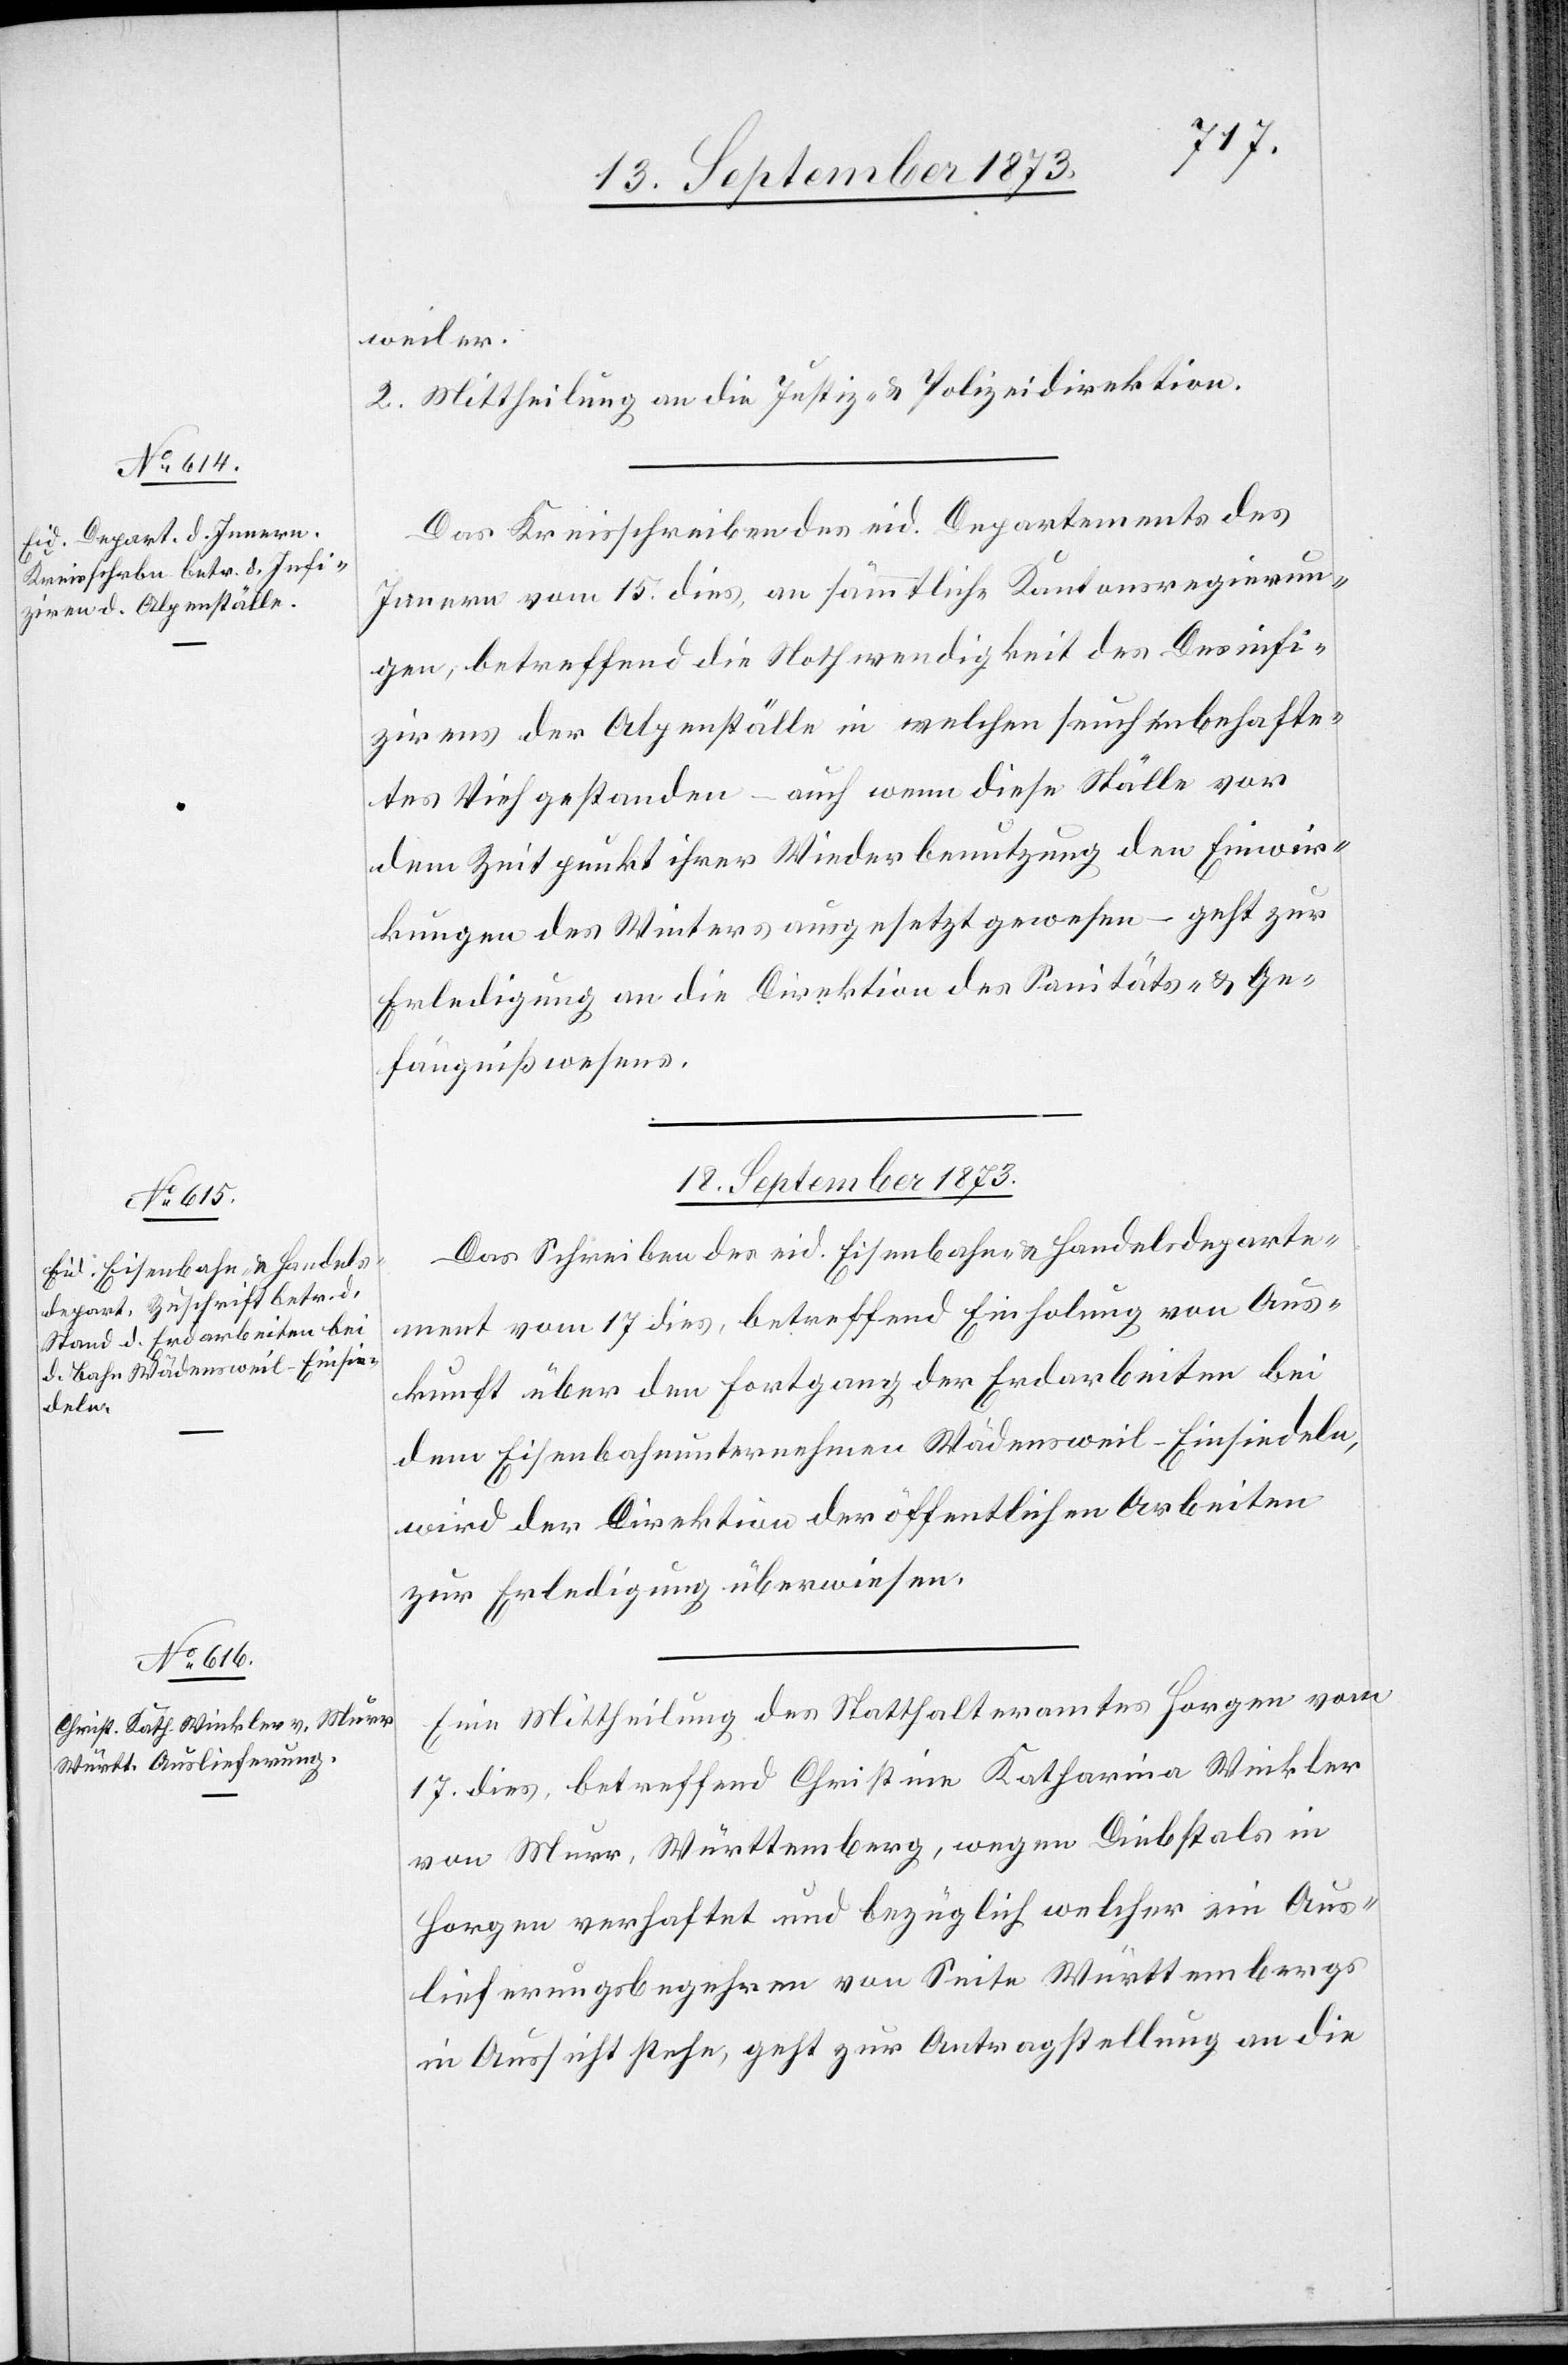
18. September 1873.]
weiler.
2. Mittheilung an die Justiz- & Polizeidirektion.
Das Kreisschreiben des eid. Departement des
Innern vom 15. dies, an sämmtliche Kantonsregierun¬
gen, betreffend die Nothwendigkeit des Desinfi¬
zirens der Alpenställe in welchen seuchenbehafte¬
tes Vieh gestanden – auch wenn diese Ställe vor
dem Zeitpunkt ihrer Wiederbenutzung den Einwir¬
kungen des Winters ausgesetzt gewesen – geht zur
Erledigung an die Direktion des Sanitäts- & Ge¬
fängnißwesens.
18. September 1873.
Das Schreiben des eid. Eisenbahn- & Handelsdeparte¬
ment vom 17. dies, betreffend Einholung von Aus¬
kunft über den Fortgang der Erdarbeiten bei
dem Eisenbahnunternehmen Wädensweil–Einsiedeln,
wird der Direktion der öffentlichen Arbeiten
zur Erledigung überwiesen.
Eine Mittheilung des Statthalteramtes Horgen vom
17. dies, betreffend Christine Katharina Winkler
von Murr, Württemberg, wegen Diebstals in
Horgen verhaftet und bezüglich welcher ein Aus¬
lieferungsbegehren von Seite Württembergs
in Aussicht stehe, geht zur Antragstellung an die